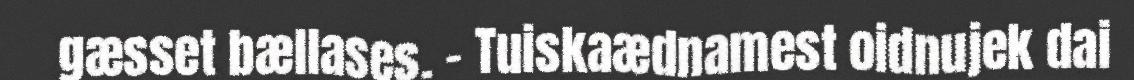
gæsset bællases. – Tuiskaædnamest oidnujek dai